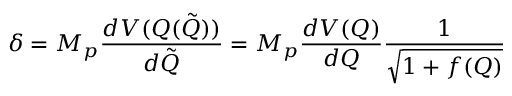
\delta = M _ { p } \frac { d V ( Q ( \tilde { Q } ) ) } { d \tilde { Q } } = M _ { p } \frac { d V ( Q ) } { d Q } \frac { 1 } { \sqrt { 1 + f ( Q ) } }